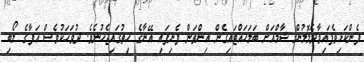
ފެންކަޅިވެފައިވާދެލޮލުން ޝާމްއަށް ބަލަހައްޓައިގެން އިންތަން ފެނިފައި އޭނާގެ ހިތުގައިޖެހުނެވެ. ދުވަހަކުވެސް އަފާގެ ލޯބި